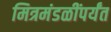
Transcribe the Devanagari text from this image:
मित्रमंडळींपर्यंत